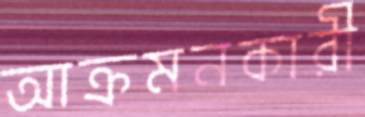
আক্রমনকারী